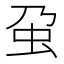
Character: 𧈦